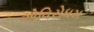
એવિરોધમ